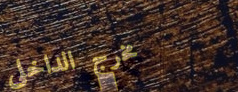
مخرج الداخلي